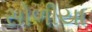
સોળીયા